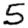
Digit: 5